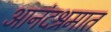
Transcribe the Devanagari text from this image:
आनंदश्रमात